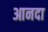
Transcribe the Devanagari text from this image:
आनदा